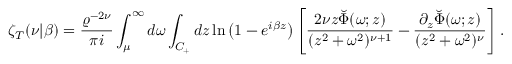
\zeta _ { T } ( \nu | \beta ) = { \frac { \varrho ^ { - 2 \nu } } { \pi i } } \int _ { \mu } ^ { \infty } d \omega \int _ { C _ { + } } d z \ln \left( 1 - e ^ { i \beta z } \right) \left[ { \frac { 2 \nu z \breve { \Phi } ( \omega ; z ) } { ( z ^ { 2 } + \omega ^ { 2 } ) ^ { \nu + 1 } } } - { \frac { \partial _ { z } \breve { \Phi } ( \omega ; z ) } { ( z ^ { 2 } + \omega ^ { 2 } ) ^ { \nu } } } \right] .